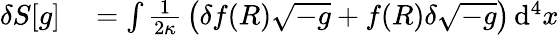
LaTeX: \begin{array}{rl}{\delta S[g]}&{{}=\int{\frac{1}{2\kappa}}\left(\delta f(R){\sqrt{-g}}+f(R)\delta{\sqrt{-g}}\right)\, \mathrm{d}^{4}x}\end{array}